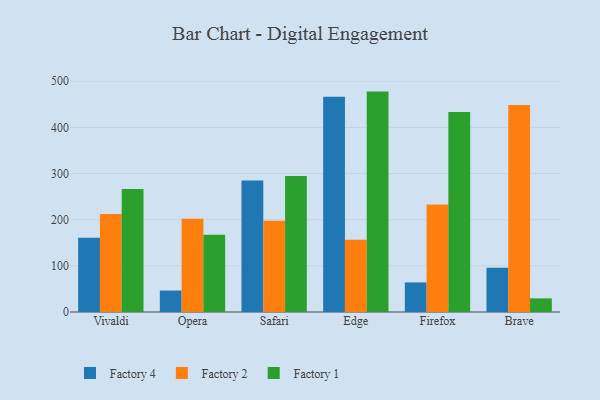
{"axis": {"x": "Browser", "y": "Operating Costs (USD K)"}, "legend": ["Factory 1", "Factory 2", "Factory 4"], "data": [{"x": "Vivaldi", "y": 160.7, "type": "Factory 4"}, {"x": "Vivaldi", "y": 212.6, "type": "Factory 2"}, {"x": "Vivaldi", "y": 266.6, "type": "Factory 1"}, {"x": "Opera", "y": 46.5, "type": "Factory 4"}, {"x": "Opera", "y": 201.9, "type": "Factory 2"}, {"x": "Opera", "y": 167.2, "type": "Factory 1"}, {"x": "Safari", "y": 284.7, "type": "Factory 4"}, {"x": "Safari", "y": 197.8, "type": "Factory 2"}, {"x": "Safari", "y": 294.7, "type": "Factory 1"}, {"x": "Edge", "y": 466.5, "type": "Factory 4"}, {"x": "Edge", "y": 156.4, "type": "Factory 2"}, {"x": "Edge", "y": 477.6, "type": "Factory 1"}, {"x": "Firefox", "y": 64.1, "type": "Factory 4"}, {"x": "Firefox", "y": 233.2, "type": "Factory 2"}, {"x": "Firefox", "y": 433.5, "type": "Factory 1"}, {"x": "Brave", "y": 95.9, "type": "Factory 4"}, {"x": "Brave", "y": 448.4, "type": "Factory 2"}, {"x": "Brave", "y": 29.5, "type": "Factory 1"}]}